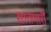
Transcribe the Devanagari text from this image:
सातमारी